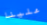
علينا